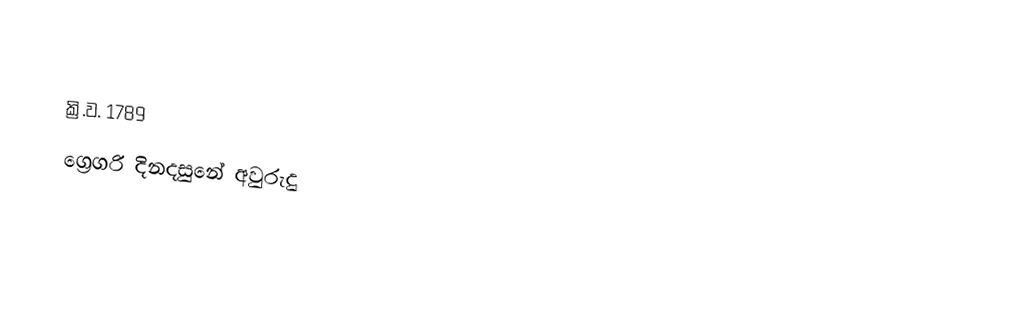

ක්‍රි.ව. 1789
ග්‍රෙගරි දිනදසුනේ අවුරුදු